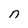
Character: n